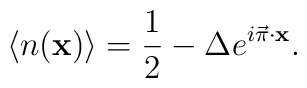
\langle {n}({\bf x} )\rangle={\frac {1}{2}} -\Delta e^{i\vec{ \pi}\cdot {\bf x}}.